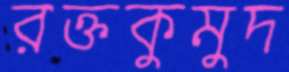
রক্তকুমুদ